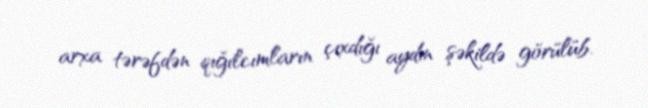
arxa tərəfdən qığılcımların çıxdığı aydın şəkildə görülüb.